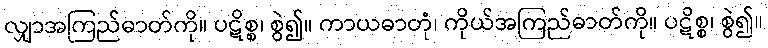
လျှာအကြည်ဓာတ်ကို။ ပဋိစ္စ၊ စွဲ၍။ ကာယဓာတုံ၊ ကိုယ်အကြည်ဓာတ်ကို။ ပဋိစ္စ၊ စွဲ၍။